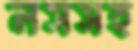
লসসহ